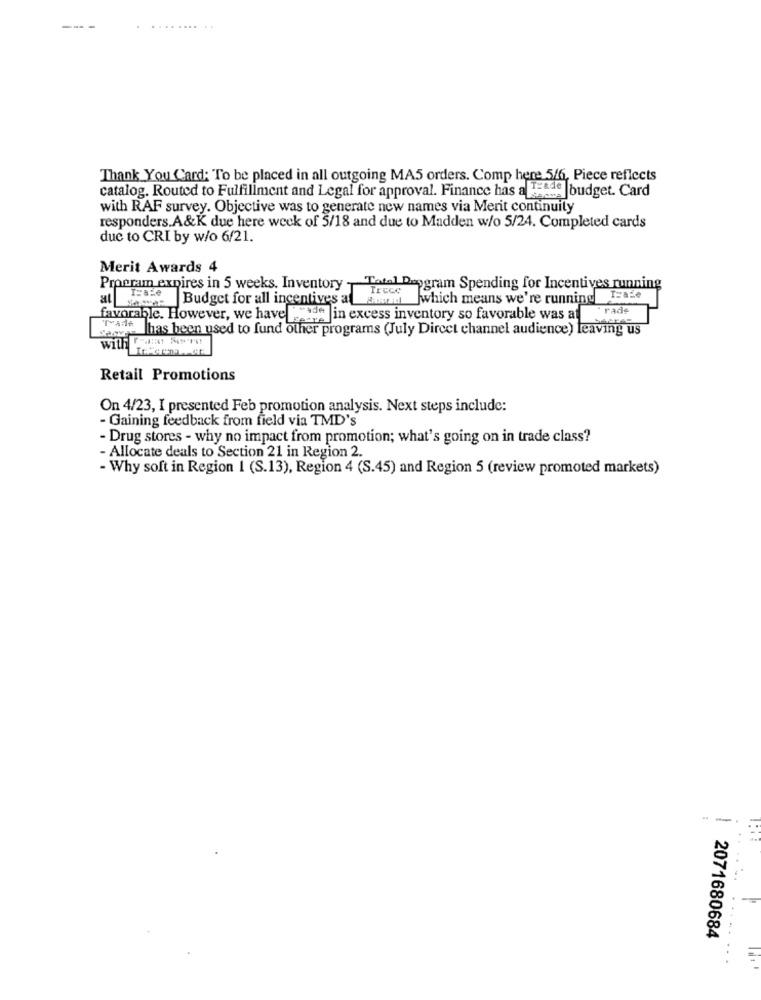
-- -
........ ..
Thank You Card: To be placed in all outgoing MA5 orders. Comp here 5/6, Piece reflects
catalog. Routed to Fulfillment and Legal for approval. Finance has a LEade |budget. Card
with RAF survey. Objective was to generate new names via Merit continuity
responders.A&K due here week of 5/18 and due to Madden w/o 5/24. Completed cards
due to CRI by w/o 6/21.
Merit Awards 4
Program expires in 5 weeks. Inventory -Total Deogram Spending for Incentives running
Trece
at a Budget for all incentives at ane which means we're running
I=ale
rade
favorable. However, we have trade in excess inventory so favorable was at
TAde has been used to fund other programs (July Direct channel audience) leaving us
with
Retail Promotions
On 4/23, I presented Feb promotion analysis. Next steps include:
- Gaining feedback from field via TMD's
- Drug stores - why no impact from promotion; what's going on in trade class?
- Allocate deals to Section 21 in Region 2.
- Why soft in Region 1 (S.13), Region 4 (S.45) and Region 5 (review promoted markets)
--
...
2071680684